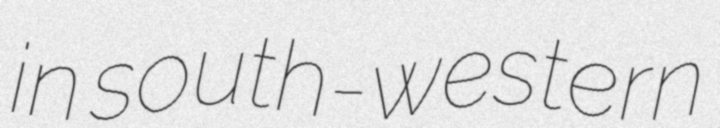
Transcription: in south-western